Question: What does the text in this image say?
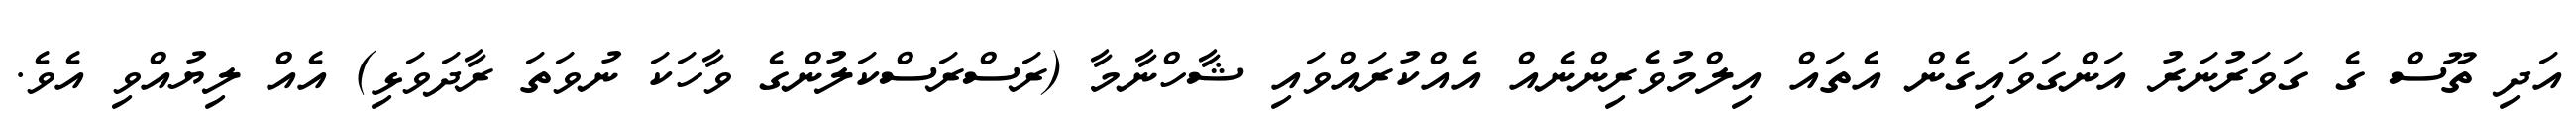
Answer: އަދި ތޫސް ގެ ގަވަރުނަރު އަންގަވައިގެން އެތައް އިލްމުވެރިންނެއް އެއްކުރައްވައި ޝާހްނާމާ (ރަސްރަސްކަލުންގެ ވާހަކަ ނުވަތަ ރާދަވަޅި) އެއް ލިޔުއްވި އެވެ.